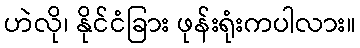
ဟဲလို၊ နိုင်ငံခြား ဖုန်းရုံးကပါလား။